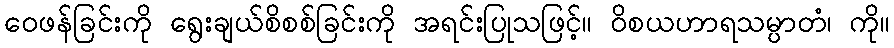
ဝေဖန်ခြင်းကို ရွေးချယ်စိစစ်ခြင်းကို အရင်းပြုသဖြင့်။ ဝိစယဟာရသမ္ပာတံ၊ ကို။